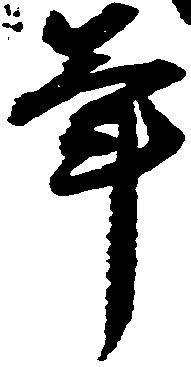
年